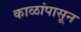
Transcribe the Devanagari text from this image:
काळांपासून